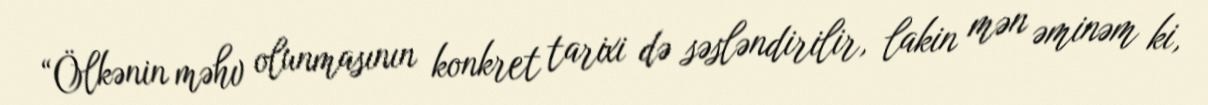
“Ölkənin məhv olunmasının konkret tarixi də səsləndirilir, lakin mən əminəm ki,